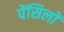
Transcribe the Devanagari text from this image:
पेंसिलों